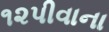
૧૨પીવાના